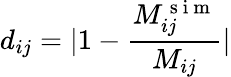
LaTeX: d_{ij}=|1-\frac{M_{ij}^{\mathrm{~s~i~m~}}}{M_{ij}}|